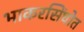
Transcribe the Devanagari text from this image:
भाकरसिंघोत